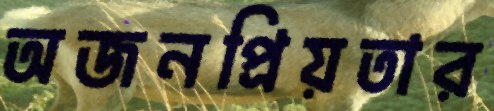
অজনপ্রিয়তার